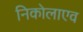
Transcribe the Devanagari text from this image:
निकोलाएव